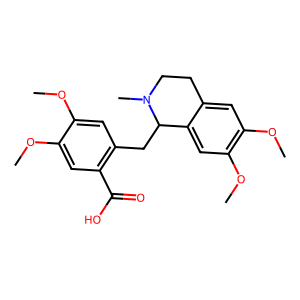
SMILES: COc1cc(CC2c3cc(OC)c(OC)cc3CCN2C)c(C(=O)O)cc1OC
Inhibits HIV replication: No